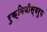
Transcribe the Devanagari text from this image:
रुक्मिणीस्वरुप